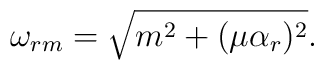
\omega_{rm} = \sqrt{ m^2 + (\mu\alpha_r)^2}.